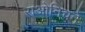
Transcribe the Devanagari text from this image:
राओनिचने